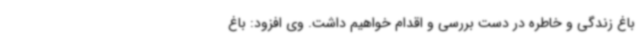
باغ زندگی و خاطره در دست بررسی و اقدام خواهیم داشت. وی افزود: باغ